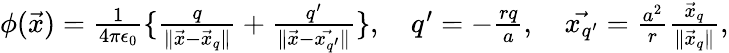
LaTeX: \begin{array}{r}{\phi(\vec{x})=\frac{1}{4\pi\epsilon_{0}}\{ \frac{q}{\| \vec{x}-\vec{x}_{q}\| }+\frac{q^{\prime}}{\| \vec{x}-\vec{x_{q^{\prime}}}\| }\} ,\quad q^{\prime}=-\frac{rq}{a},\quad\vec{x_{q^{\prime}}}=\frac{a^{2}}{r}\frac{\vec{x}_{q}}{\| \vec{x}_{q}\| },}\end{array}